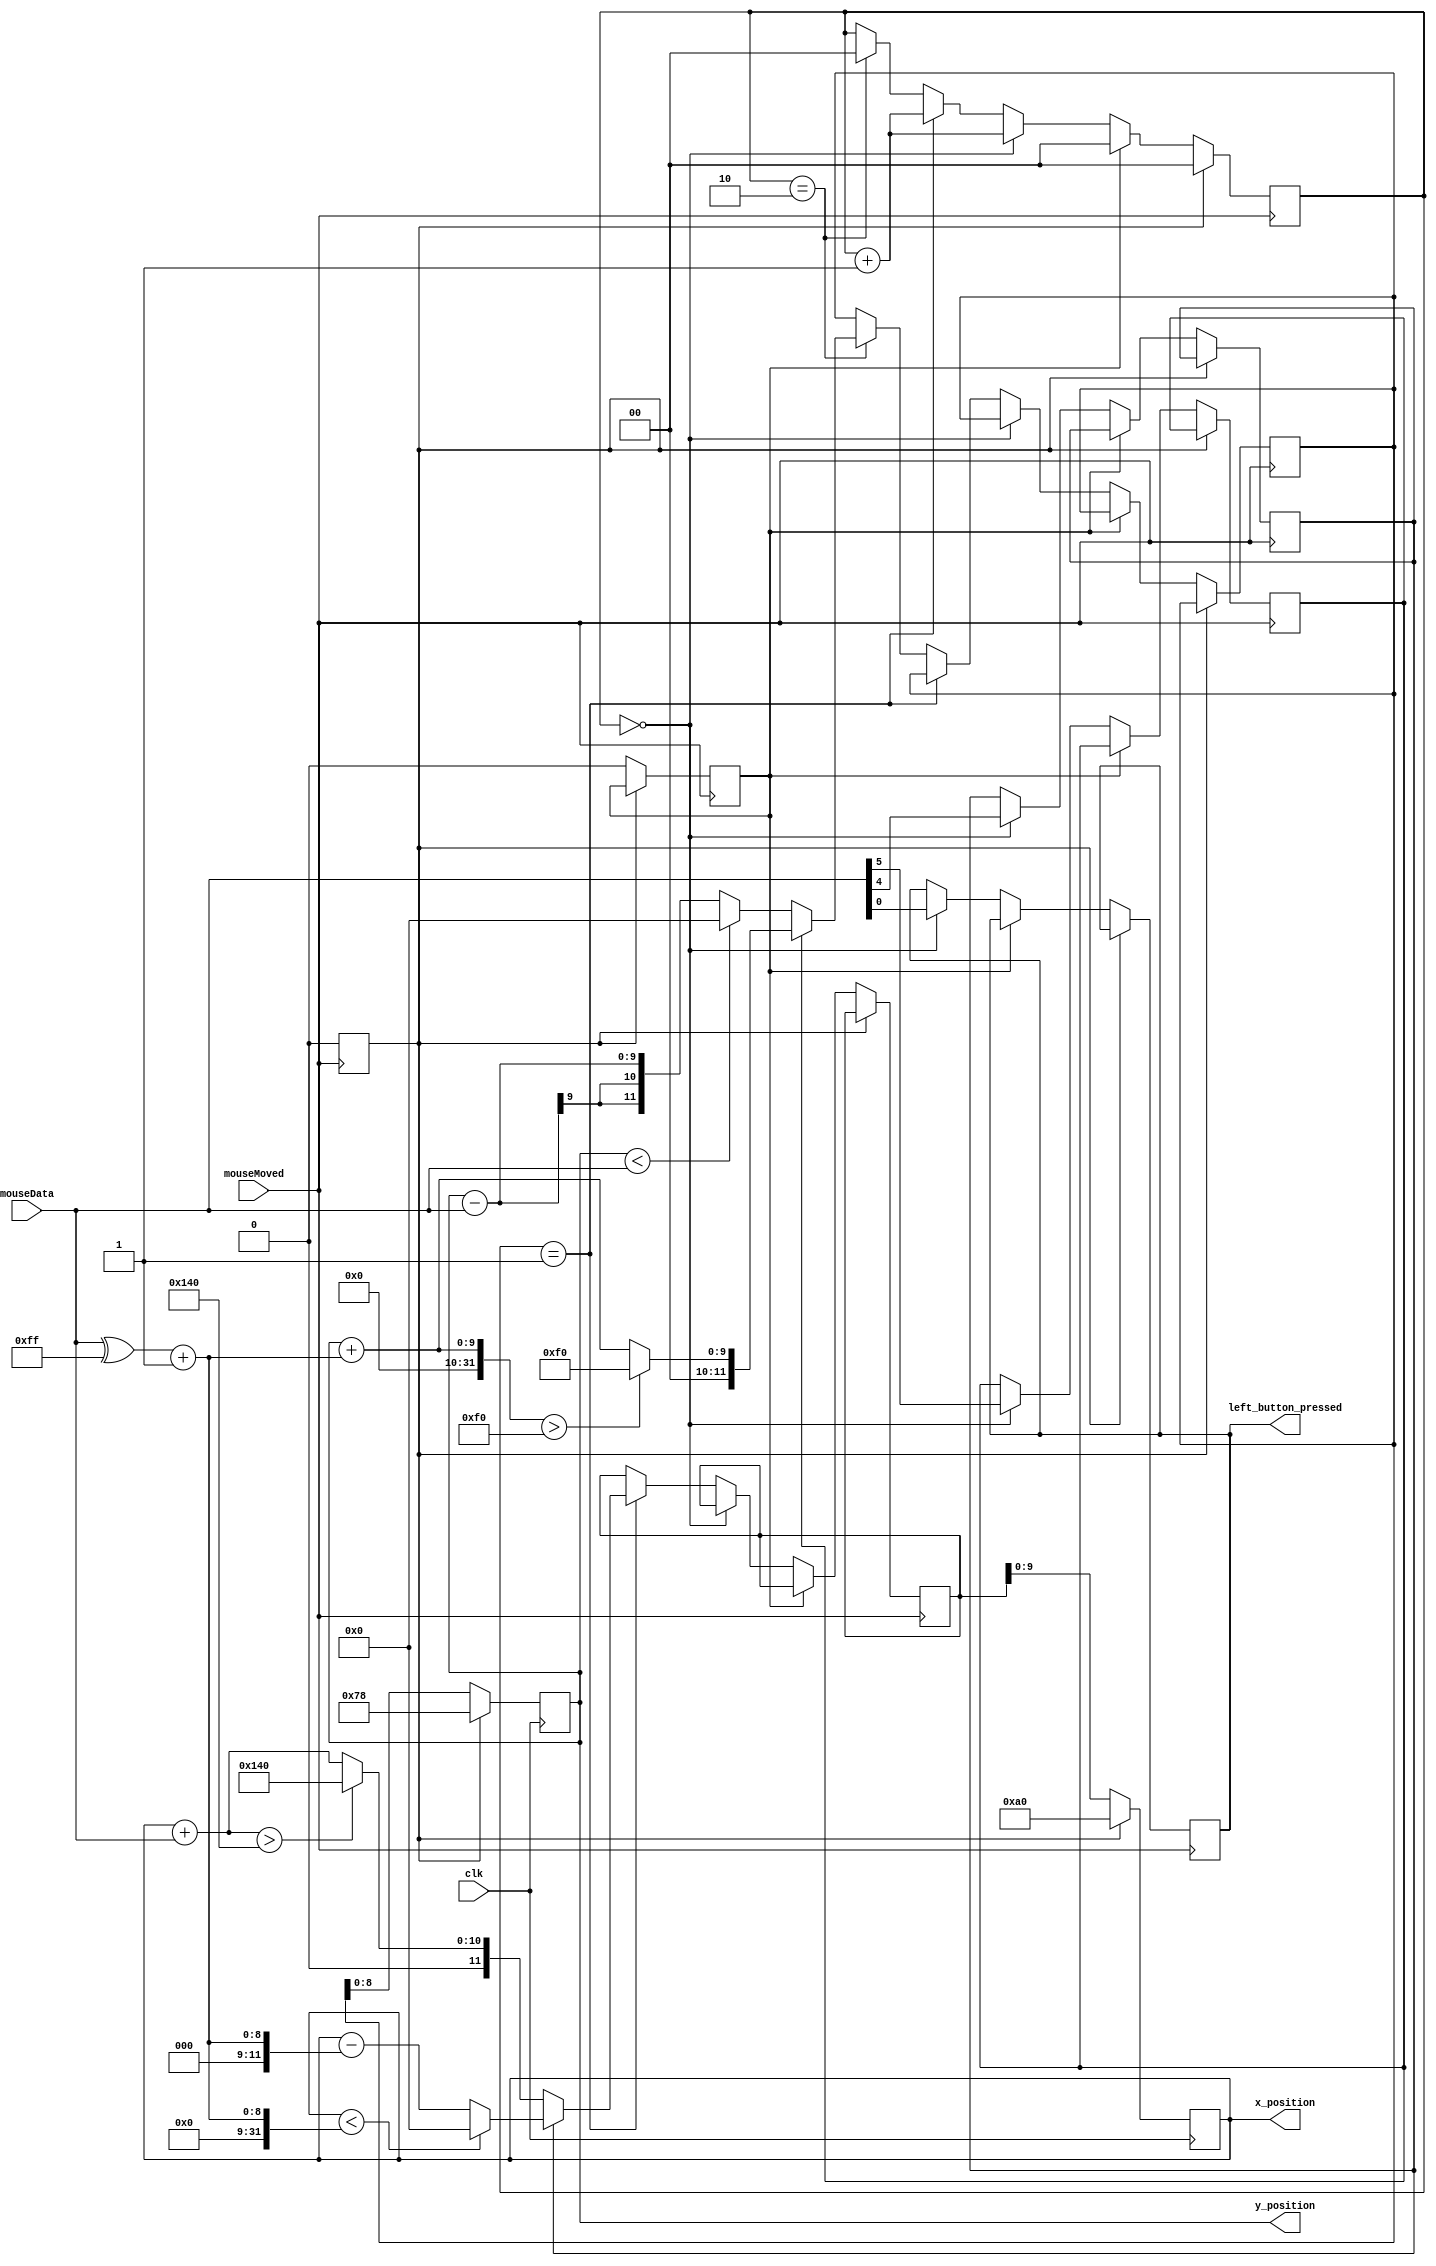
module mouseCodeToSignal(  
	 input clk,
	 input mouseMoved,
    input [7:0] mouseData,
    output reg [9:0] x_position,
    output reg [8:0] y_position,
    output reg left_button_pressed
);

reg [1:0] byte_count;

reg x_negative;
reg y_negative;

reg reset;
reg reset1;


reg  [9:0] x_movement_signed;
reg  [11:0] new_x_position;

reg [9:0] y_movement_signed;
reg [11:0] new_y_position;

initial begin 
	reset = 1'b1;
	reset1 = 1'b1;
	x_movement_signed = 9'b0;
	new_x_position = 12'd160;
	y_movement_signed = 9'b0;
	new_y_position = 12'd120;
	x_position = 10'd160;  // Center of 320 width
   y_position = 10'd120;   // Center of 240 height
	byte_count = 2'b0;
end
	


always@(posedge clk)
begin
	 if (reset == 1'b1) 
    begin
	 x_position <= 10'd160;  // Center of 320 width
    y_position <= 10'd120;   // Center of 240 height
    end
	 else 
	 begin
	 x_position <= new_x_position[9:0];
	 y_position <= new_y_position[8:0];
	 end

end


always @(negedge mouseMoved)
begin
//this is a weird fsm because the mouse behaves so strangely and it sends 2 signals at the start so this accounts for that
	 if (reset == 1'b1) 
    begin
	 byte_count = 0;

	 reset <= 0;
    end
	 else if (reset1 == 1'b1) 
	 begin
		byte_count = 0;

		reset1 <= 0;
	 end
	
	
	 else if(byte_count == 2'b00)
	 begin
		  left_button_pressed <= mouseData[0]; 
		  x_negative <= mouseData[4];
		  y_negative <= mouseData[5];
		  byte_count = byte_count + 2'b1;
		  
	 end

	 else if(byte_count == 2'b01)
	 begin
		if(x_negative)
		begin
			if((x_position < ((mouseData) ^ 8'b11111111) + 1) )
			begin
				new_x_position <= 0;
			end
			else
			begin
				new_x_position <= (x_position - ((mouseData ^ 8'b11111111) + 1));
			end
		end
		else
		begin
			
			if(x_position + mouseData > 320)
			begin
				new_x_position <= 320;
			end
			else
				new_x_position <= x_position + mouseData;
		end

		byte_count = byte_count + 2'b01;

	end


	else if(byte_count == 2'b10)
	begin
		
		if(y_negative)
		begin
			if((y_position + ((mouseData ^ 8'b11111111) + 1)) > 240)
			begin
				new_y_position <= 240;
			end
			else
			begin
				new_y_position <= (y_position + ((mouseData ^ 8'b11111111) + 1));
			end
		end
		else
		begin
			
			if(y_position < mouseData)
			begin
				new_y_position <= 0;
			end
			else
				new_y_position <= y_position - mouseData;
		end
		
		byte_count = 2'b00;
			
	end

	 		 
end
endmodule